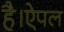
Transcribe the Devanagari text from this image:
है।ऐपल